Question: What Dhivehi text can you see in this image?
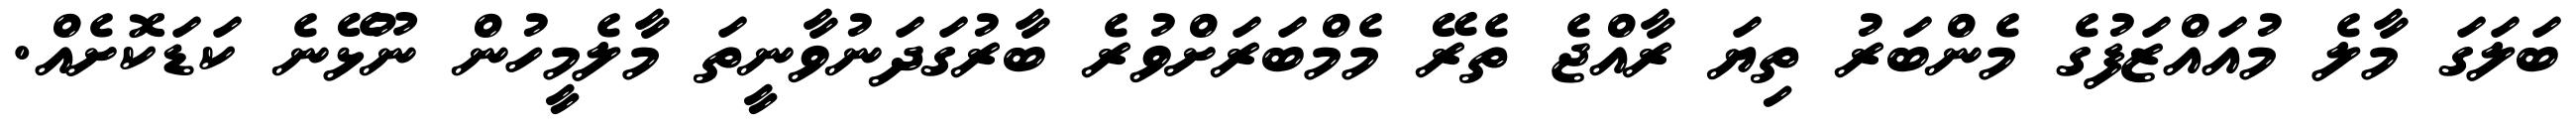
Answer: ބަލަގަ މާލެ މުއައްޒަފުގެ މެންބަރު ތިޔަ ރާއްޖެ ތެރޭ މެމްބަރަށްވުރެ ބާރުގަދަނުވާނީތަ މާލެމީހުން ނޫޅޭނެ ކަޑަކޮށެއް.